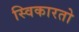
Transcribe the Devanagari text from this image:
स्विकारतो